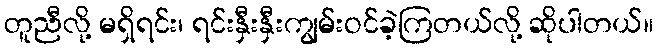
တူညီလို့ မရှိရင်း၊ ရင်းနှီးနှီးကျွမ်းဝင်ခဲ့ကြတယ်လို့ ဆိုပါတယ်။